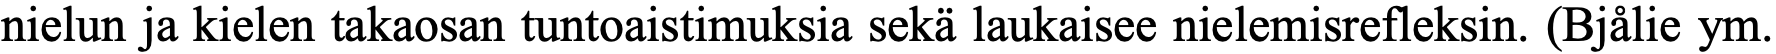
nielun ja kielen takaosan tuntoaistimuksia sekä laukaisee nielemisrefleksin. (Bjålie ym.